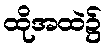
ထိုအထဲ၌